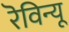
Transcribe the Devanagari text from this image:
रॆविन्यू